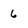
Character: 6